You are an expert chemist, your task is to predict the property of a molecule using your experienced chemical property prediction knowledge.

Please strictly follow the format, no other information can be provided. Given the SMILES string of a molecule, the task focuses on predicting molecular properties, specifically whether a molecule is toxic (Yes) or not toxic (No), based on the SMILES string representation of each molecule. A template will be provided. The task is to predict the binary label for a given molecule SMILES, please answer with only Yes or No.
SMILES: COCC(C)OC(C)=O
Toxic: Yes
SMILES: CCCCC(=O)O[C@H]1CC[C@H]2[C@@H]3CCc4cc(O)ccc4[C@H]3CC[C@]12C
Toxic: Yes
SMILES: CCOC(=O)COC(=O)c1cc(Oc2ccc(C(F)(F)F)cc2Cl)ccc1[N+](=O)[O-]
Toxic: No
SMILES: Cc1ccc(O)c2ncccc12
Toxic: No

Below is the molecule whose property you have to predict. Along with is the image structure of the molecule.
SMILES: CC=Cc1ccc2c(c1)OCO2
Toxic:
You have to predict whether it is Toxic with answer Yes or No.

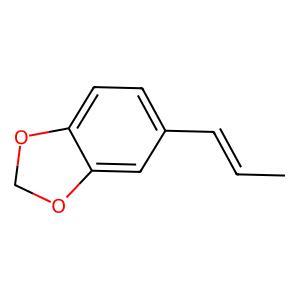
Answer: No